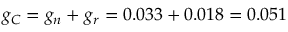
g _ { C } = g _ { n } + g _ { r } = 0 . 0 3 3 + 0 . 0 1 8 = 0 . 0 5 1